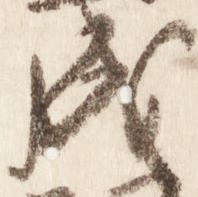
成